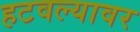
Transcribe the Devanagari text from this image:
हटवल्यावर